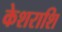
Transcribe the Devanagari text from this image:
केशराशि